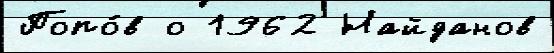
Попо́в о 1962 Найданов